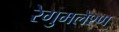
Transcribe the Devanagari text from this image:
रेगुमलेश्ण